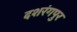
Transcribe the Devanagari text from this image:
दशरंगपुर